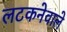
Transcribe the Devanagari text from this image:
लटकनेवाले